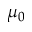
\mu _ { 0 }